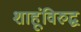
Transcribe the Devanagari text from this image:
शाहूंविरुद्घ